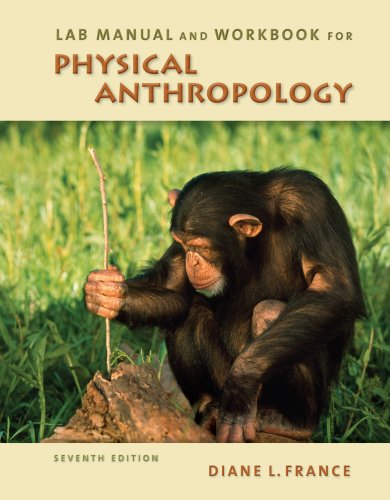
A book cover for Lab Manual and Workbook for Physical Anthropology; Diane L. France; Politics & Social Sciences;